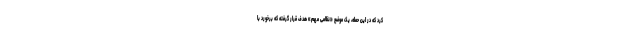
کرد که در این حمله، یک موضع «نظامی مهم» هدف قرار گرفته که برخورد با